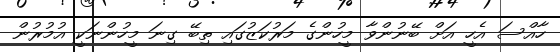
ހާއްސަ އެހީ އަށް ބޭނުންވާ މީހުންގެ މަރުކަޒުގައި ތިބޭ ގިނަ މީހުންނަކީ އުމުރުން